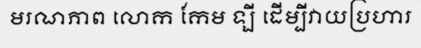
មរណភាព លោក កែម ឡី ដើម្បីវាយប្រហារ